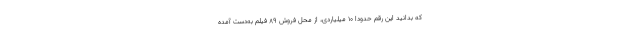
که بدانید این رقم حدودا ۱۰ میلیاردی، از محل فروش ۸۹ فیلم به‌دست آمده